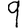
Digit: 9